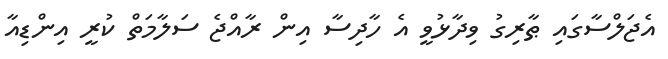
އެޖަލްސާގައި ޠާރިގު ވިދާޅުވީ އެ ހާދިސާ އިން ރާއްޖެ ސަލާމަތް ކުރީ އިންޑިއާ